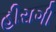
હીરાગી